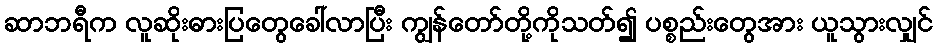
ဆာဘရီက လူဆိုးဓားပြတွေခေါ်လာပြီး ကျွန်တော်တို့ကိုသတ်၍ ပစ္စည်းတွေအား ယူသွားလျှင်